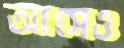
আসেও